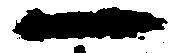
一